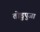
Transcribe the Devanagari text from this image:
तोडुपुजा